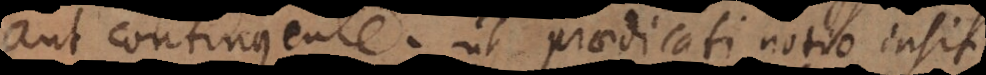
aut contingente; ut praedicati notio insit